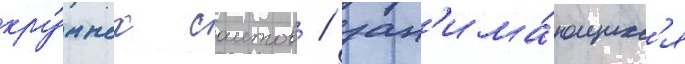
кру́пных саитов / зан'има́ющихс'я